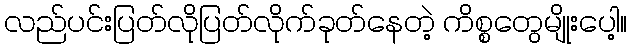
လည်ပင်းပြတ်လိုပြတ်လိုက်ခုတ်နေတဲ့ ကိစ္စတွေမျိုးပေါ့။